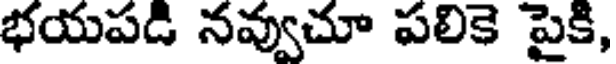
భయపడి నవ్వుచూ పలికె పైకి,